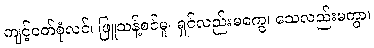
ကျင့်ဝတ်စုံလင်၊ ဖြူသန့်စင်မူ၊ ရှင်လည်းမကွေ၊ သေလည်းမကွာ၊